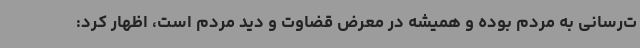
ت‌رسانی به مردم بوده و همیشه در معرض قضاوت و دید مردم است، اظهار کرد: